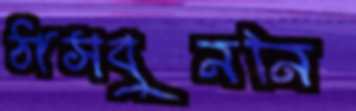
ঠাসবুননি